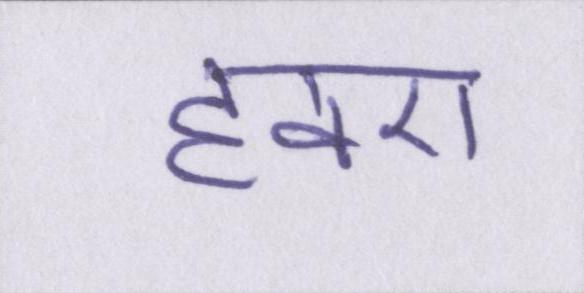
हवए